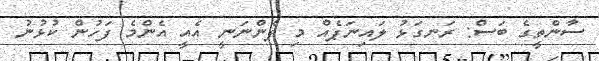
ސާންތީގެ ބަސް: ރަނގަޅު ލައިނަޕެއް މި ފެންނަނީ އެއީ އެންމެ ފަހުން ކުޅުނު